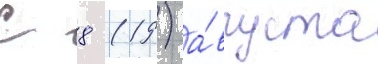
С 8 (19) а́вгуста